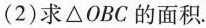
(2)求△OBC的面积.